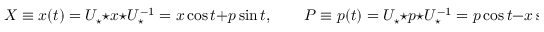
X \equiv x ( t ) = U _ { \star } \star x \star U _ { \star } ^ { - 1 } = x \cos t + p \sin t , \qquad P \equiv p ( t ) = U _ { \star } \star p \star U _ { \star } ^ { - 1 } = p \cos t - x \sin t .